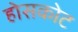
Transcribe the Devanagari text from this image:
होसकोट